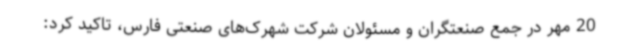
20 مهر در جمع صنعتگران و مسئولان شرکت شهرک‌های صنعتی فارس، تاکید کرد: